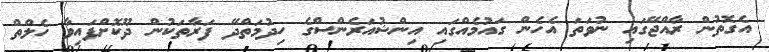
އެގޮތުން ރާއްޖޭގައި ނުވަތަ އެހެން ގައުމެއްގައި އިންޝުއަރެންސްގެ ހިދުމަތްދޭ ފަރާތަކުން ދޫކޮށްފައިވާ ހެލްތް